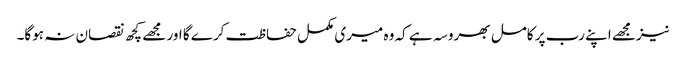
نیزمجھے اپنے رب پر کامل بھروسہ ہے کہ وہ میری مکمل حفاظت کرے گا اور مجھے کچھ نقصان نہ ہوگا۔